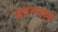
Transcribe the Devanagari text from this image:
सदनमध्ये